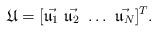
LaTeX: \begin{align*}\mathfrak U = [\vec{\mathfrak u_1}\ \vec{\mathfrak u_2}\ \dots\ \vec{\mathfrak u_N}]^T.\end{align*}